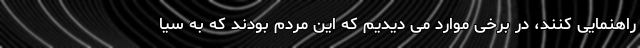
راهنمایی کنند، در برخی موارد می دیدیم که این مردم بودند که به سیا